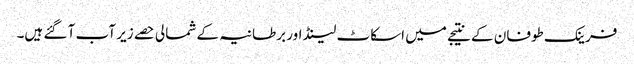
فرینک طوفان کے نتیجے میں اسکاٹ لینڈ اور برطانیہ کے شمالی حصے زیر آب آ گئے ہیں۔